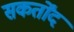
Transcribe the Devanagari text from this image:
सकर्तोंद